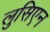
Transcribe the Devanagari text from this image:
लुसिएन